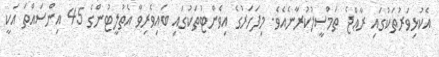
އެކުޅިވަރުތަކުގައި ރާޢްޖެ ތަމްސީލުކުރާނެއެވެ. މިފަހަރުގެ އިވެންޓުތަކުގައި ބައިވެރިވާ އެތުލީޓުންގެ 45 އިންސައްތަ އަކީ